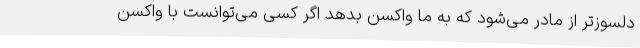
دلسوزتر از مادر می‌شود که به ما واکسن بدهد اگر کسی می‌توانست با واکسن